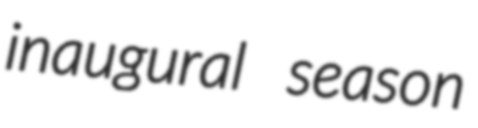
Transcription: inaugural season